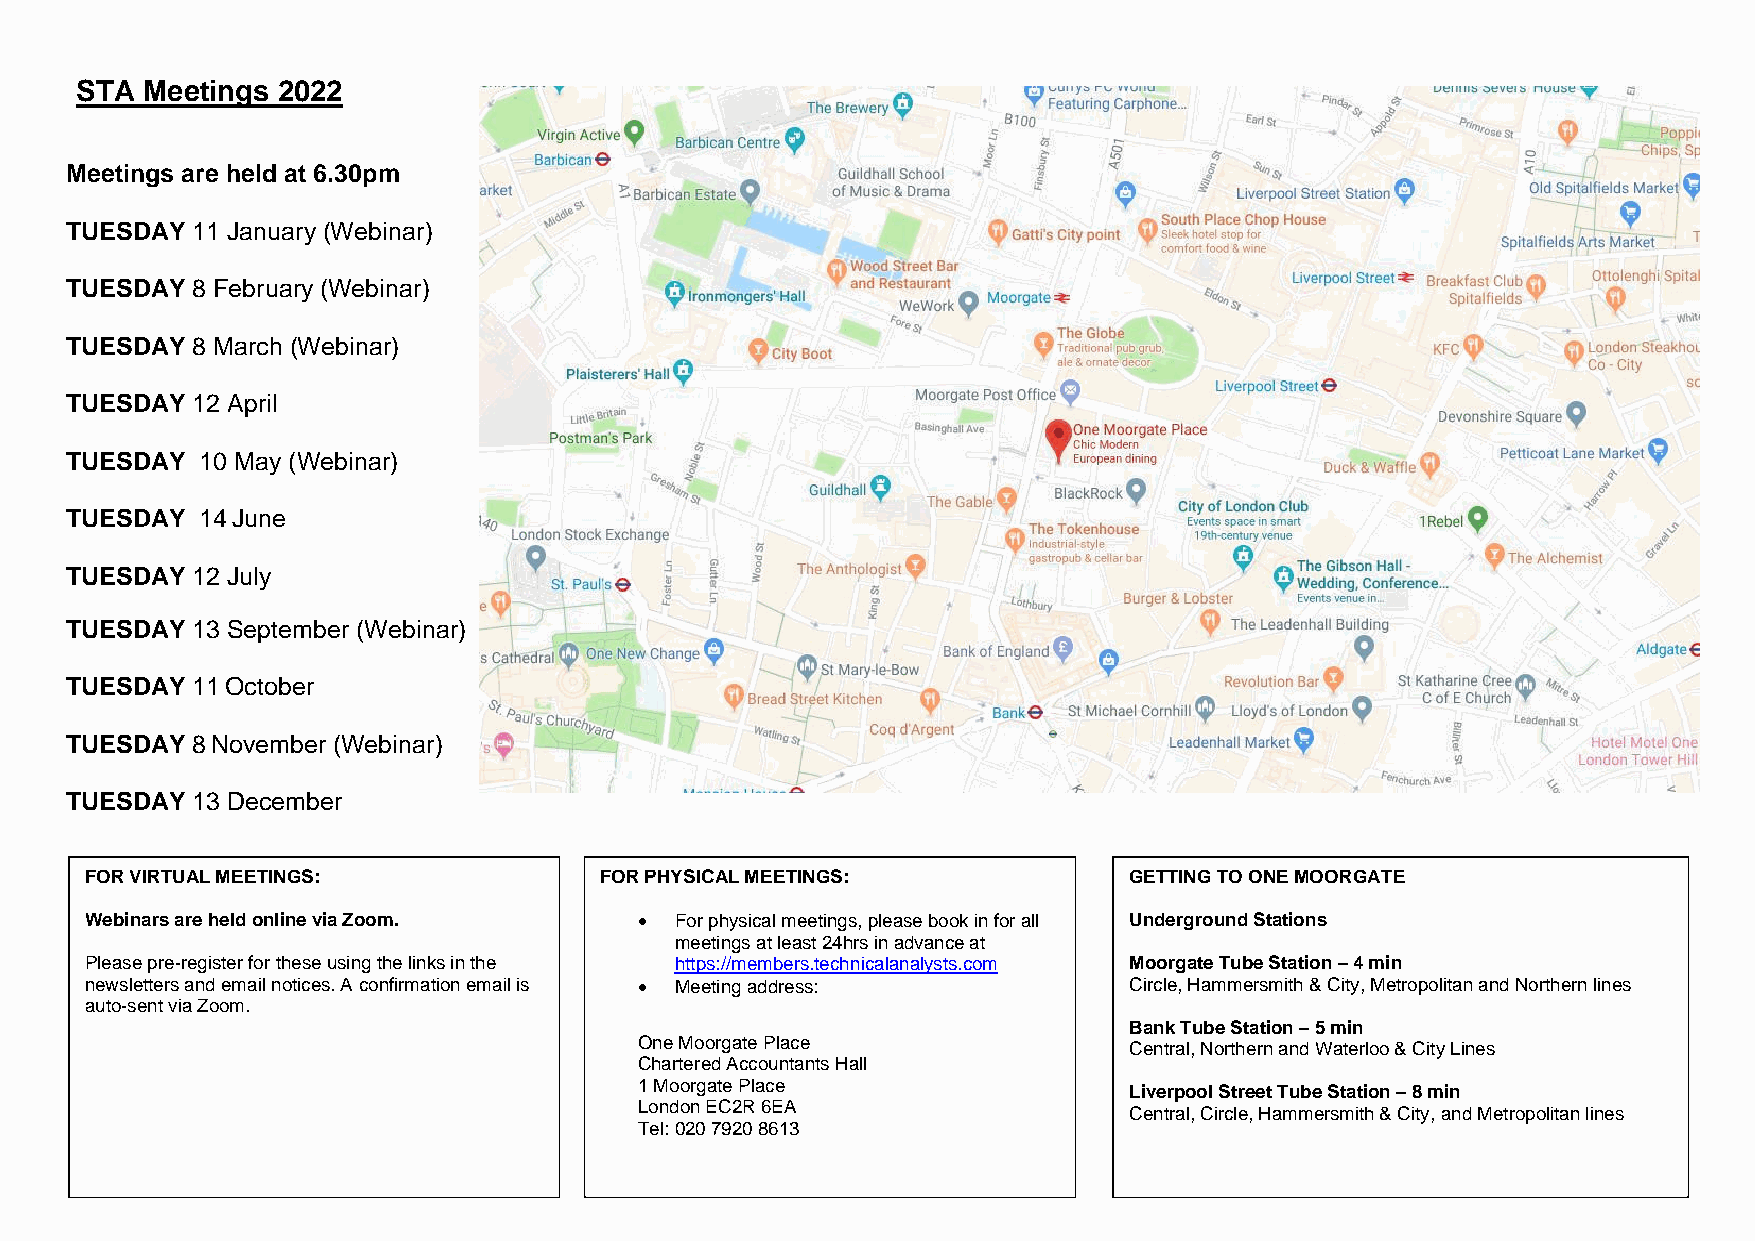
STA Meetings 2022
 Meetings are held at 6.30pm
 TUESDAY  11 January (Webinar)
 TUESDAY  8 February (Webinar)
 TUESDAY  8 March (Webinar)
 TUESDAY  12 April
 TUESDAY  10 May (Webinar)
 TUESDAY  14 June
 TUESDAY  12 July
 TUESDAY  13 September (Webinar)
 TUESDAY  11 October
 TUESDAY  8 November (Webinar)
 TUESDAY  13 December
 FOR VIRTUAL MEETINGS:             FOR PHYSICAL MEETINGS:             GETTING TO ONE MOORGATE
 Webinars are held online via Zoom.  •  For physical meetings, please book in for all Underground Stations
 meetings at least 24hrs in advance at
 Please pre-register for these using the links in the https://members.technicalanalysts.com Moorgate Tube Station – 4 min
 newsletters and email notices. A confirmation email is • Meeting address: Circle, Hammersmith & City, Metropolitan and Northern lines
 auto-sent via Zoom.
 Bank Tube Station – 5 min
 One Moorgate Place
 Central, Northern and Waterloo & City Lines
 Chartered Accountants Hall
 1 Moorgate Place
 Liverpool Street Tube Station – 8 min
 London EC2R 6EA
 Central, Circle, Hammersmith & City, and Metropolitan lines
 Tel: 020 7920 8613